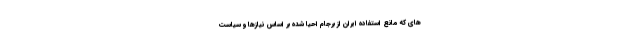
های که مانع استفاده ایران از برجام احیا شده بر اساس نیازها و سیاست